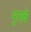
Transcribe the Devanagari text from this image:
मुराबे